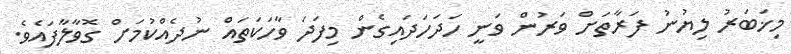
މިޚަބަރު ލިޔުނު ފަރާތަށް ވަރުން ވަނީ ހަދަހަދައިގެން މިފަދަ ވާހަކަތައް ނުދެއްކުމަށް ގޮވާލާފައެވެ.